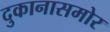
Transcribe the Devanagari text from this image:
दुकानासमोर